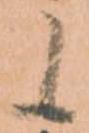
候